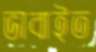
ভাবাইত